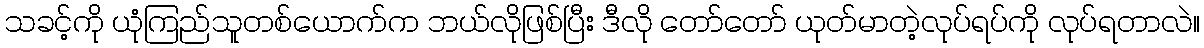
သခင့်ကို ယုံကြည်သူတစ်ယောက်က ဘယ်လိုဖြစ်ပြီး ဒီလို တော်တော် ယုတ်မာတဲ့လုပ်ရပ်ကို လုပ်ရတာလဲ။